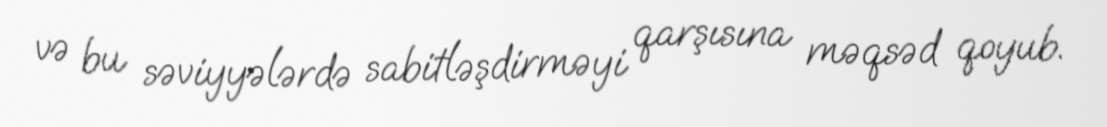
və bu səviyyələrdə sabitləşdirməyi qarşısına məqsəd qoyub.